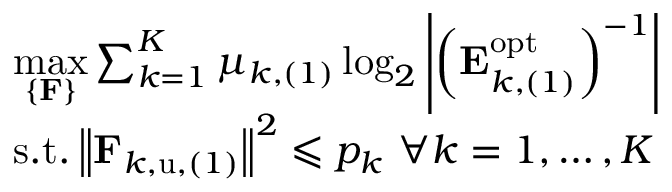
\begin{array} { r l } & { \underset { \left\{ \mathbf { F } \right\} } { \operatorname* { m a x } } \sum _ { k = 1 } ^ { K } { \mu _ { k , ( 1 ) } \log _ { 2 } \left| \left( \mathbf { E } _ { k , ( 1 ) } ^ { \mathrm { o p t } } \right) ^ { - 1 } \right| } } \\ & { \mathrm { s } . \mathrm { t } . \left\| \mathbf { F } _ { k , \mathrm { u } , ( 1 ) } \right\| ^ { 2 } \leqslant p _ { k } \, \, \forall k = 1 , \dots , K } \end{array}